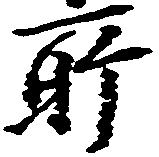
所